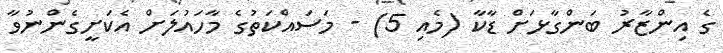
ގެ އިންޒާރު ބަންގާޅަށް ޑާކާ (މެއި 5) - މަސައްކަތުގެ މާހައުލަށް އެކަށީގެންނުވާ